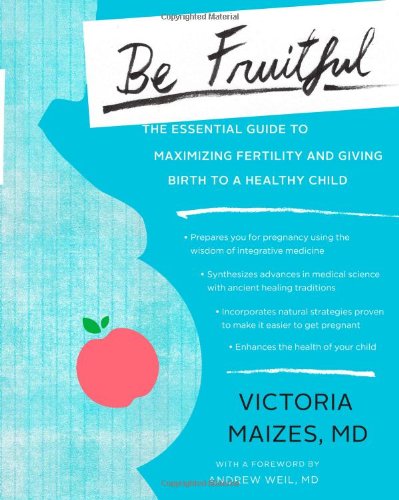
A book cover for Be Fruitful: The Essential Guide to Maximizing Fertility and Giving Birth to a Healthy Child; MD Victoria Maizes; Parenting & Relationships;